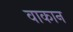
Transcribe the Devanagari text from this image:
वाकान